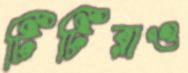
টিটিরাও